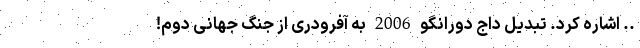
.. اشاره کرد. تبدیل داج دورانگو 2006 به آفرودری از جنگ جهانی دوم!